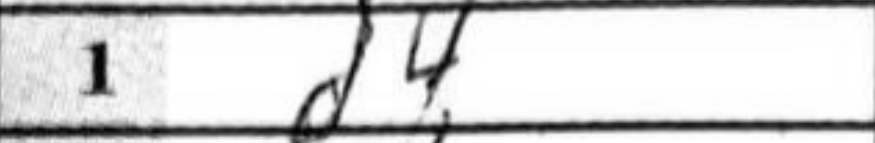
Transcription: d4